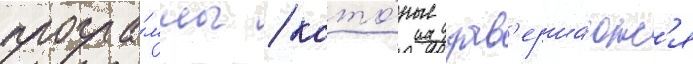
програ́ммы / кото́рые зав'ерша́ютс'я